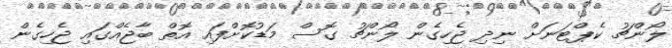
ލޯންޗު ކެޕްޓަނަށް ނިދި ޖެހިގެން ލޯންޗު ގޮސް މަޑުކޮށްފައި އޮތް ބާޖެއްގައި ޖެހިގެން